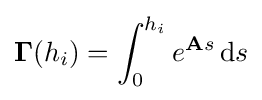
\mathbf {\Gamma } (h_{i})=\int _{0}^{h_{i}}e^{\mathbf {A} s}\,\mathrm {d} s